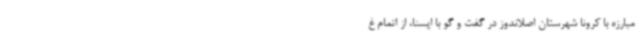
مبارزه با کرونا شهرستان اصلاندوز در گفت و گو با ایسنا، از اتمام غ